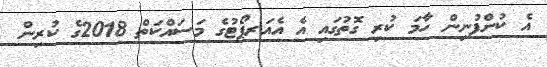
އެ ކުންފުނިން ހާމަ ކުރި ގޮތުގައި އެ އެއަރޕޯޓުގެ މަސައްކަތް 2018ގެ ކުރިން